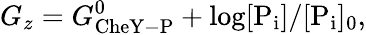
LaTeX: G_{z}=G_{\mathrm{CheY-P}}^{0}+\log[\mathrm{P_{i}}]/[\mathrm{P_{i}}]_{0},